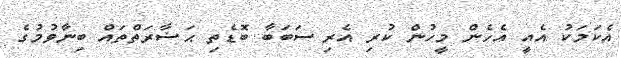
އެކަމަކު އެއީ އެހެން މީހުން ކުރި އެރި ސަބަބާ ބޮޑެތި ޙަޟާރަތްތައް ބިނާވުމުގެ